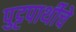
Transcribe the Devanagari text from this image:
पुट्टपार्थीचे